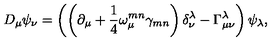
D _ { \mu } \psi _ { \nu } = \left( \left( \partial _ { \mu } + \frac { 1 } { 4 } \omega _ { \mu } ^ { m n } \gamma _ { m n } \right) \delta _ { \nu } ^ { \lambda } - \Gamma _ { \mu \nu } ^ { \lambda } \right) \psi _ { \lambda } ,